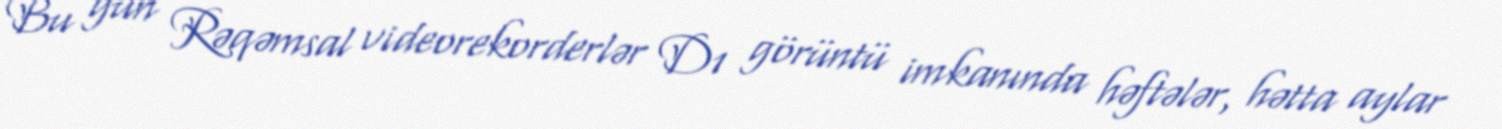
Bu gün Rəqəmsal videorekorderlər D1 görüntü imkanında həftələr, hətta aylar